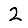
Digit: 2